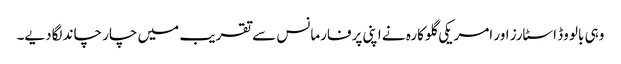
وہی بالو وڈ اسٹارز اور امریکی گلوکارہ نے اپنی پرفارمانس سے تقریب میں چار چاند لگادیے۔